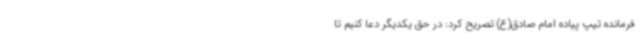
فرمانده تیپ پیاده امام صادق(ع) تصریح کرد: در حق یکدیگر دعا کنیم تا